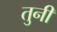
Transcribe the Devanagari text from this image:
तुनीं